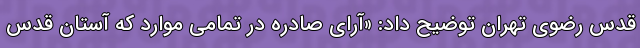
قدس رضوی تهران توضیح داد: «آرای صادره در تمامی موارد که آستان قدس